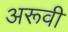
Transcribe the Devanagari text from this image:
अरूवी